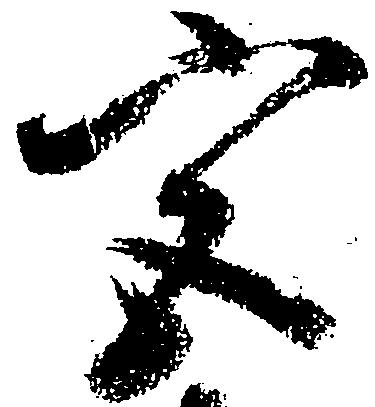
宮